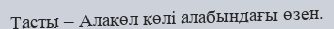
Тасты – Алакөл көлі алабындағы өзен.